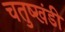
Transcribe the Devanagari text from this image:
चतुष्खंडी